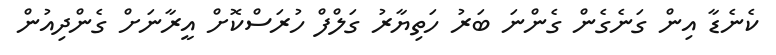
ކެނެޑާ އިން ގަނެގެން ގެންނަ ބަރު ހަތިޔާރު ގަލްފް ހުރަސްކޮށް އީރާނަށް ގެންދިއުން